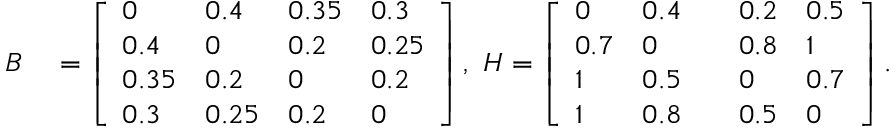
\begin{array} { r l } { B } & { { } = \left[ \begin{array} { l l l l } { 0 } & { 0 . 4 } & { 0 . 3 5 } & { 0 . 3 } \\ { 0 . 4 } & { 0 } & { 0 . 2 } & { 0 . 2 5 } \\ { 0 . 3 5 } & { 0 . 2 } & { 0 } & { 0 . 2 } \\ { 0 . 3 } & { 0 . 2 5 } & { 0 . 2 } & { 0 } \end{array} \right] , ~ H = \left[ \begin{array} { l l l l l } { 0 } & { 0 . 4 } & { } & { 0 . 2 } & { 0 . 5 } \\ { 0 . 7 } & { 0 } & { } & { 0 . 8 } & { 1 } \\ { 1 } & { 0 . 5 } & { } & { 0 } & { 0 . 7 } \\ { 1 } & { 0 . 8 } & { } & { 0 . 5 } & { 0 } \end{array} \right] . } \end{array}